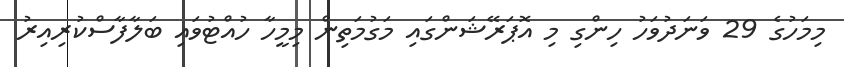
މިމަހުގެ 29 ވަނަދުވަހު ހިންގި މި އޮޕަރޭޝަންގައި މަގުމަތިން މިމީހާ ހުއްޓުވައި ބަލާފާސްކުރިއިރު